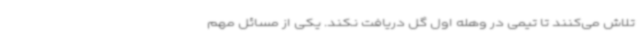
تلاش می‌کنند تا تیمی در وهله اول گل دریافت نکند. یکی از مسائل مهم